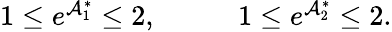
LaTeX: \begin{array}{rlr}{1\leq e^{\mathcal{A}_{1}^{\ast}}\leq 2,}&{{}\quad}&{1\leq e^{\mathcal{A}_{2}^{\ast}}\leq 2.}\end{array}